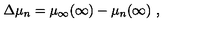
\Delta \mu _ { n } = \mu _ { \infty } ( \infty ) - \mu _ { n } ( \infty ) \ ,